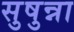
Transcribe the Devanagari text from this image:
सुषुन्ना